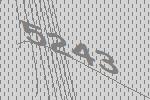
5243